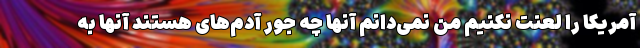
آمریکا را لعنت نکنیم من نمی‌دانم آنها چه جور آدم‌های هستند آنها به